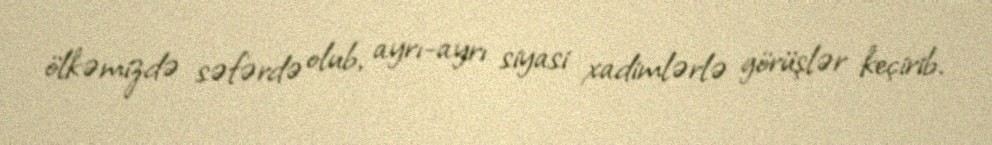
ölkəmizdə səfərdə olub, ayrı-ayrı siyasi xadimlərlə görüşlər keçirib.